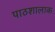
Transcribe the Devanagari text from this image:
पाठशालाक